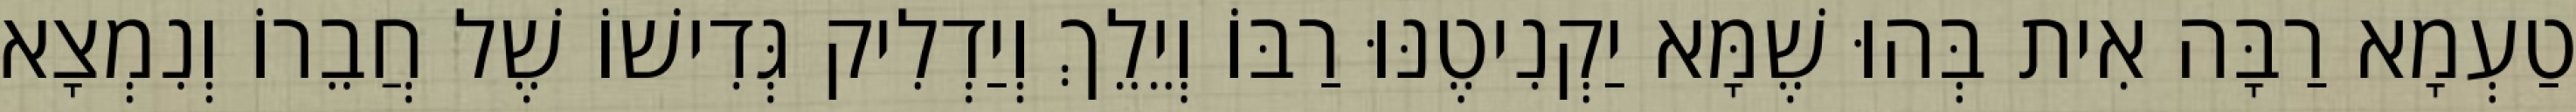
טַעְמָא רַבָּה אִית בְּהוּ שֶׁמָּא יַקְנִיטֶנּוּ רַבּוֹ וְיֵלֵךְ וְיַדְלִיק גְּדִישׁוֹ שֶׁל חֲבֵרוֹ וְנִמְצָא